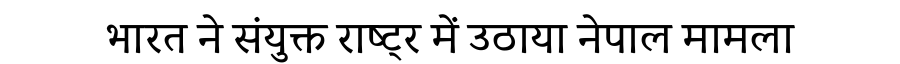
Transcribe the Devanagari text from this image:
भारत ने संयुक्त राष्ट्र में उठाया नेपाल मामला